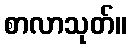
စာလာသုတ်။